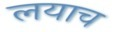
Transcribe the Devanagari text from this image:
लयाच